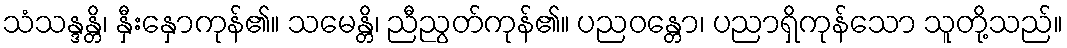
သံသန္ဒန္တိ၊ နှီးနှောကုန်၏။ သမေန္တိ၊ ညီညွတ်ကုန်၏။ ပညဝန္တော၊ ပညာရှိကုန်သော သူတို့သည်။